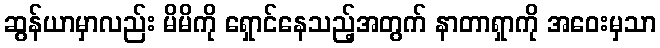
ဆွန်ယာမှာလည်း မိမိကို ရှောင်နေသည့်အတွက် နာတာရှာကို အဝေးမှသာ